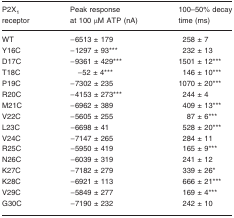
<table><thead><tr><td><b>P2X<sub>1</sub> receptor</b></td><td><b>Peak response at 100 μM ATP (nA)</b></td><td><b>100–50% decay time (ms)</b></td></tr></thead><tbody><tr><td>WT</td><td>−6513 ± 179</td><td>258 ± 7</td></tr><tr><td>Y16C</td><td>−1297 ± 93***</td><td>232 ± 13</td></tr><tr><td>D17C</td><td>−9361 ± 429***</td><td>1501 ± 12***</td></tr><tr><td>T18C</td><td>−52 ± 4***</td><td>146 ± 10***</td></tr><tr><td>P19C</td><td>−7302 ± 235</td><td>1070 ± 20***</td></tr><tr><td>R20C</td><td>−4153 ± 273***</td><td>244 ± 4</td></tr><tr><td>M21C</td><td>−6962 ± 389</td><td>409 ± 13***</td></tr><tr><td>V22C</td><td>−5605 ± 255</td><td>87 ± 6***</td></tr><tr><td>L23C</td><td>−6698 ± 41</td><td>528 ± 20***</td></tr><tr><td>V24C</td><td>−7147 ± 265</td><td>284 ± 11</td></tr><tr><td>R25C</td><td>−5950 ± 419</td><td>165 ± 9***</td></tr><tr><td>N26C</td><td>−6039 ± 319</td><td>241 ± 12</td></tr><tr><td>K27C</td><td>−7182 ± 279</td><td>339 ± 26*</td></tr><tr><td>K28C</td><td>−6921 ± 113</td><td>666 ± 21***</td></tr><tr><td>V29C</td><td>−5849 ± 277</td><td>169 ± 4***</td></tr><tr><td>G30C</td><td>−7190 ± 232</td><td>242 ± 10</td></tr></tbody></table>